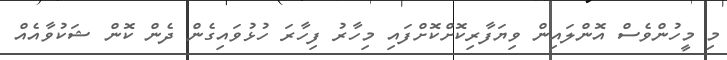
މި މީހުންވެސް އޮންލައިން ވިޔަފާރިކޮށްކޮށްފައި މިހާރު ފިހާރަ ހުޅުވައިގެން ދެން ކޮން ޝަކުވާއެއް